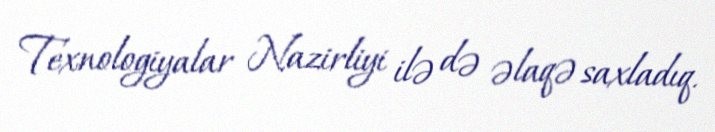
Texnologiyalar Nazirliyi ilə də əlaqə saxladıq.